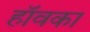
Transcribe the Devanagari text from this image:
हॉवका